Leaving Certificate Examination (including Day School Certificate (Higher) General paper), 1926
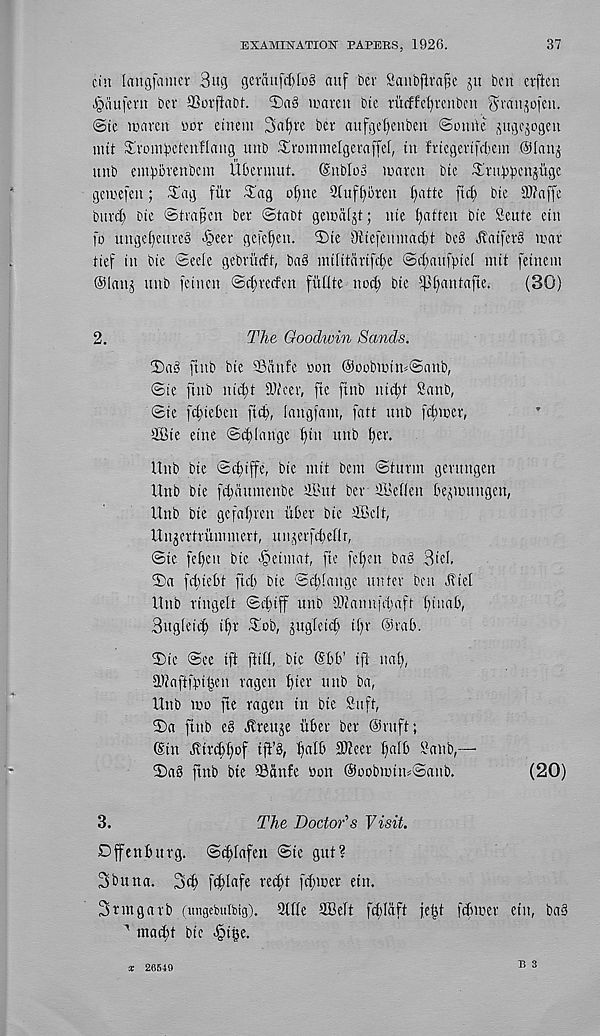
EXAMINATION PAPERS, 1926.
37
cin lattgfamei 3iu] gerau[d)los auf ber Saitbftrajjc ju ben eiften
epdufent ber SGorftaDf. 2)a§ irareit bte tiuffefyvenben ^ran^ofen.
@te maven nor einem 3af)ve ber artfgdjienben ©omte ^u^c^ogen
mit Srom^etenflang unb ^rommelgeraffef, in fricgertfcbem @(anj
nnb einporenbcm Ubermut. (Snbloo maren bie ^rubbcnjiige
gewefen; -Tag fur -'iag offne 3tuf()oren fjatte ftcf» bte SJfaffe
bard) bte ©trapen ber ©tabt gewdijt; nte fatten bie Sente etn
fo unge()eureS >§eer gcfeften. 2)te 3ftefemnad)t be§ Jlatferl mar
tief in bie ©eeic gebriicft, bad intlitdrifcbe ©eitanf^tcl mit fetnent
®Ianj unb feitten ©d;recfen fiiUte nod; bte f|Jf>antafte.
(30)
2.
The Goodwin Sands.
£)ad ftnb bie ®dnfe bon @oobmim©attb,
©te ftnb nid;t fUieer, fie ftnb nicfd Sanb,
©te fd;ieben fid;, iangfam, fatt unb fcftmer,
2Bie etne ©d)lange f)in unb i;er.
Unb bie ©d;iffe, bie init bent ©ittrin gertutgen
Unb bie fdtdutnettbe ®ut ber ffieflen be^mtitgen,
Unb bie gefal;ven it ber bie SBelt,
Unjertrununert, ttu^erfd;efir,
©ic feffen bte <§etntat, fie fei;en bad 3icl.
3)a fditebi fid) bic ©change tinier ben J?tel
Unb ringelt ©eftiff unb 2)?anufd;aft ()tttab,
3ugieid) i|t .^ob, jugfeief ti;r @rab.
2)ic See ift ftifi, bic @bb’ tft ttai;,
3l)?afifbi^en ragen bier unb ba,
Unb mo fte ragen in bie Stiff,
5)a ftnb ed ^reu^e itber ber @ruft;
Sin Jvircbbof tfi’d, b a ® ^c er b a^ Sanb,—
2)ad ftnb bte 93anfe bon @oobmtn=©anb.
(20)
3.
The Doctor's Visit.
Dffenburg. ©tbiafen ©te gut?
3buna. 3d; fd;[afe reebt fd;mer ein.
3rmgarb (imgebulbig). Side SBelt fdddft febt fdfmer etn, bad
mad;t bte ^ige.
X 26549
B 3